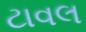
ટાવલ